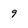
Character: 9